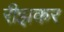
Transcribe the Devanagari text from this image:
रीझकर